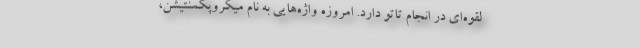
لقوه‌ای در انجام تاتو دارد. امروزه واژه‌هایی به نام میکروپگمنتیشن،